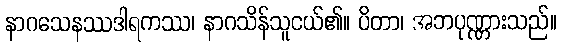
နာဂသေနဿဒါရကဿ၊ နာဂသိန်သူငယ်၏။ ပိတာ၊ အဘပုဏ္ဏားသည်။